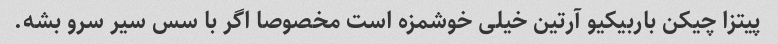
پیتزا چیکن باربیکیو آرتین خیلی خوشمزه است مخصوصا اگر با سس سیر سرو بشه.